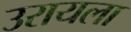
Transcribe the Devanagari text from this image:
उरायला